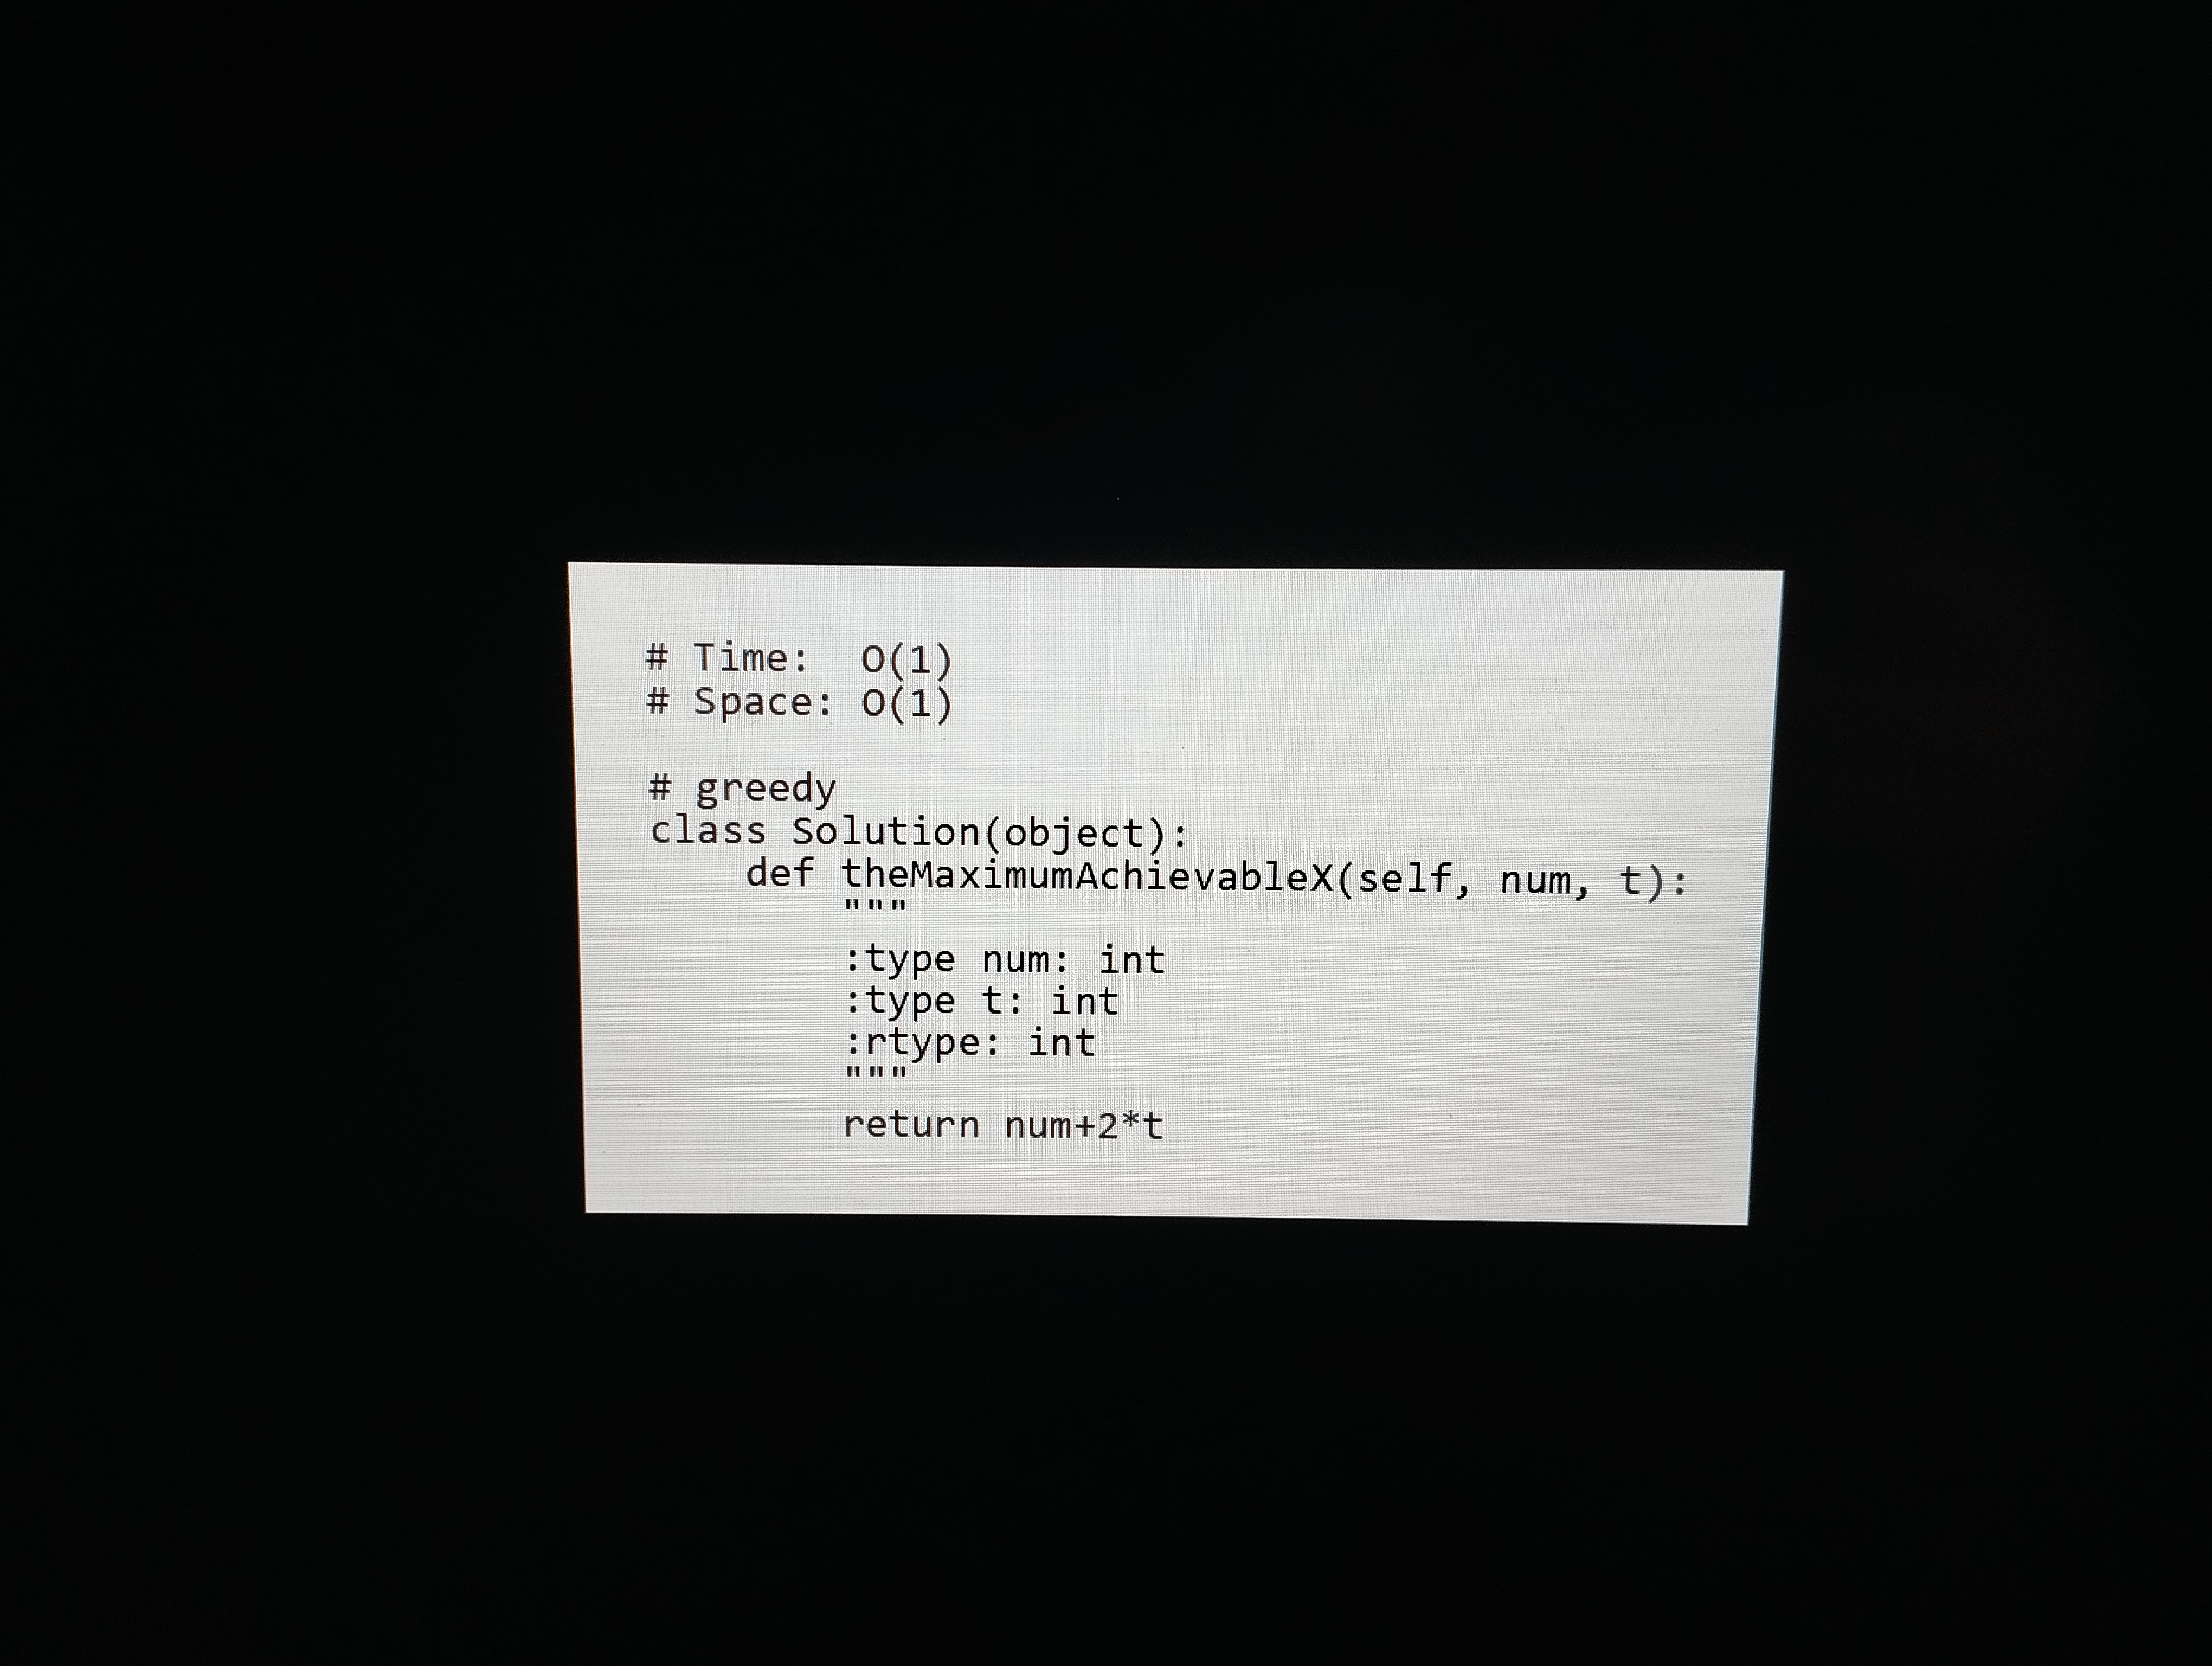
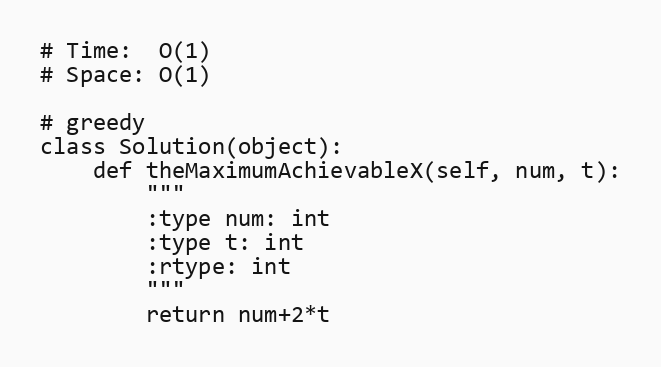
# Time:  O(1)
# Space: O(1)

# greedy
class Solution(object):
    def theMaximumAchievableX(self, num, t):
        """
        :type num: int
        :type t: int
        :rtype: int
        """
        return num+2*t